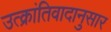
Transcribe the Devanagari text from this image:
उत्क्रांतिवादानुसार